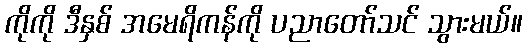
ကိုကို ဒီနှစ် အမေရိကန်ကို ပညာတော်သင် သွားမယ်။